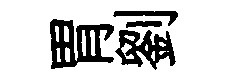
胃劉